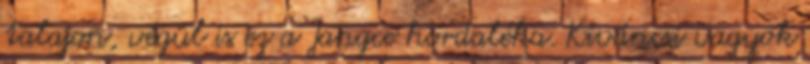
talajon, végül is ez a Jangce hordaléka. Kiváncsi vagyok